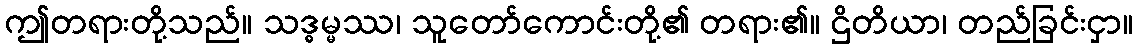
ဤတရားတို့သည်။ သဒ္ဓမ္မဿ၊ သူတော်ကောင်းတို့၏ တရား၏။ ဌိတိယာ၊ တည်ခြင်းငှာ။